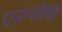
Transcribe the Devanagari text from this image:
एजन्सीची